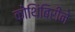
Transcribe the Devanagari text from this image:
कोथिंबिरीने